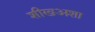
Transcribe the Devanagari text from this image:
शीखअशा